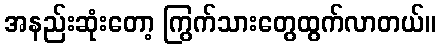
အနည်းဆုံးတော့ ကြွက်သားတွေထွက်လာတယ်။